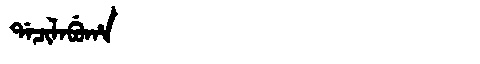
Manchu: ᡩᠠᠴᡳᠯᠠᠪᡠᡥᠠ
Romanization: DACILABUHA